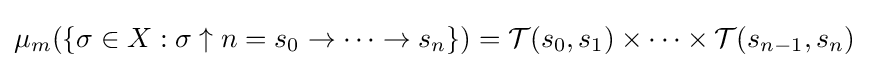
\mu _{m}(\{\sigma \in X:\sigma \uparrow n=s_{0}\to \dots \to s_{n}\})={\mathcal {T}}(s_{0},s_{1})\times \dots \times {\mathcal {T}}(s_{n-1},s_{n})